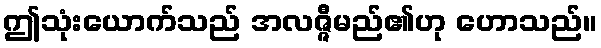
ဤသုံးယောက်သည် အလဇ္ဇီမည်၏ဟု ဟောသည်။